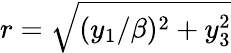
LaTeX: r=\sqrt{(y_{1}/\beta)^{2}+y_{3}^{2}}